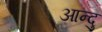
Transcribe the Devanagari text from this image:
आन्दु